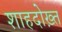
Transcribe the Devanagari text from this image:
शाहदोख़्त